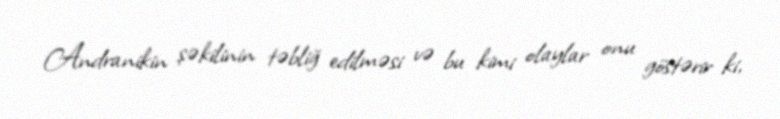
Andranikin şəkilinin təbliğ edilməsi və bu kimi olaylar onu göstərir ki,